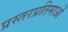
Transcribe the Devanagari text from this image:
प्रस्तरप्रतिमाओं